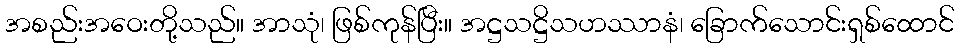
အစည်းအဝေးတို့သည်။ အာသုံ၊ ဖြစ်ကုန်ပြီး။ အဋ္ဌသဋ္ဌိသဟဿာနံ၊ ခြောက်သောင်းရှစ်ထောင်